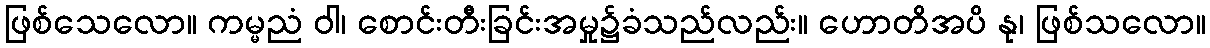
ဖြစ်သေလော။ ကမ္မညံ ဝါ၊ စောင်းတီးခြင်းအမှု၌ခံသည်လည်း။ ဟောတိအပိ နု၊ ဖြစ်သလော။